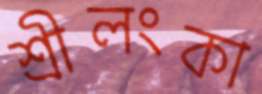
শ্রীলংকা